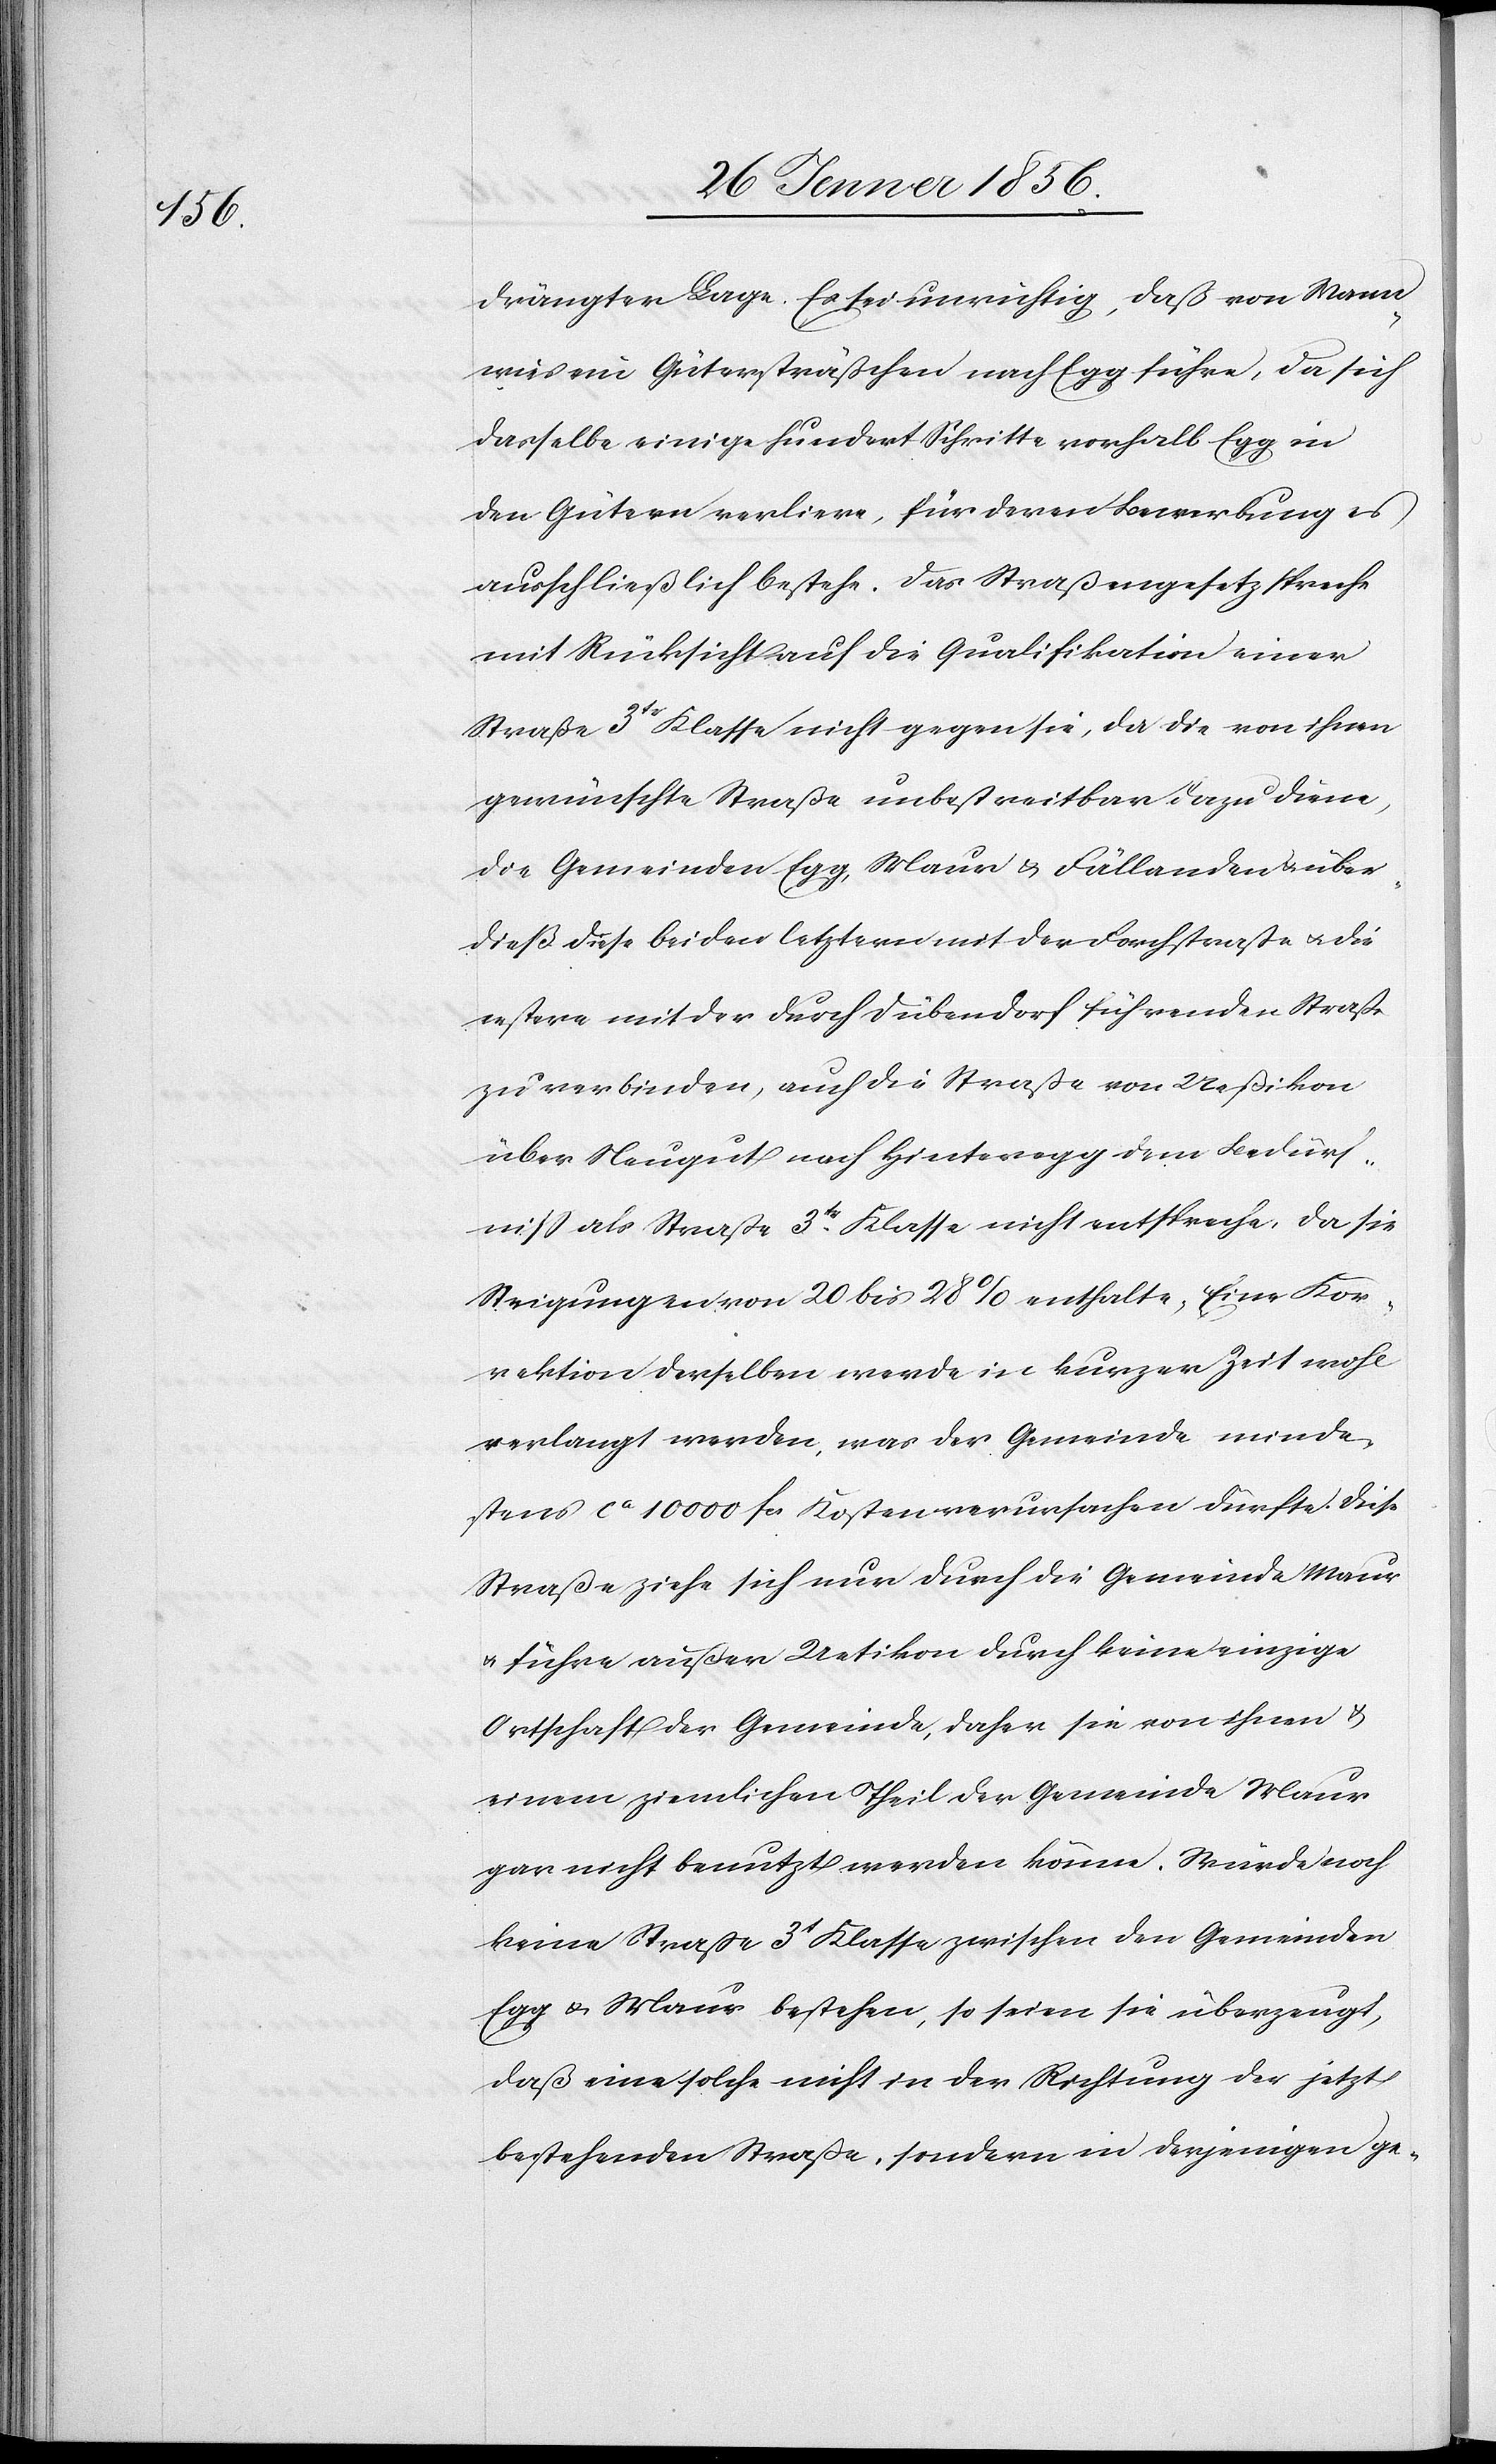
drängter Lage. Es sei unrichtig, daß von Wann¬
wies ein Gütersträßchen nach Egg führe, da sich
dasselbe einige hundert Schritte vorhalb Egg in
den Gütern verliere, für deren Bewerbung es
ausschließlich bestehe. Das Straßengesetz spreche
mit Rücksicht auf die Qualifikation einer
Straße 3tr Klasse nicht gegen sie, da die von ihnen
gewünschte Straße unbestreitbar dazu diene,
die Gemeinden Egg, Maur & Fällanden u. über¬
dieß diese beiden letztern mit der Forchstraße u. die
erstere mit der durch Dübendorf führenden Straße
zu verbinden, auch die Straße von Ueßikon
über Neugut nach Hinteregg dem Bedürf¬
niss als Straße 3tr Klasse nicht entspreche, da sie
Steigungen von 20 bis 28% enthalte. Eine Kor¬
rektion derselben werde in kurzer Zeit wohl
verlangt werden, was der Gemeinde minde¬
stens ca 10000 fa Kosten verursachen dürfte. Diese
Straße ziehe sich nur durch die Gemeinde Maur
u. führe außer Uetikon durch keine einzige
Ortschaft der Gemeinde, daher sie von ihnen &
einem ziemlichen Theil der Gemeinde Maur
gar nicht benutzt werden könne. Würde noch
keine Straße 3t Klasse zwischen den Gemeinden
Egg u. Maur bestehen, so seien sie überzeugt,
daß eine solche nicht in der Richtung der jetzt
bestehenden Straße, sondern in derjenigen ge-